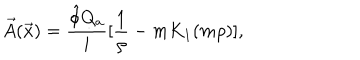
\vec { A } ( \vec { x } ) = \frac { \hat { \phi } Q _ { a } } { i } [ \frac { 1 } { \rho } - m K _ { 1 } ( m \rho ) ] ,